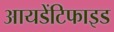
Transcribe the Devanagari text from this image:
आयडेंटिफाइड